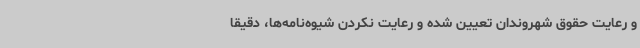
و رعایت حقوق شهروندان تعیین شده و رعایت نکردن شیوه‌نامه‌ها، دقیقاً